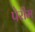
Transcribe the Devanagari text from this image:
पेरीम